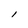
Character: l